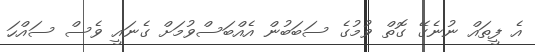
އެ ފީތައް ނުނެގޭ ގޮތް ވުމުގެ ސަބަބުން އެއްބަސްވުމަށް ގެނައީ ވެސް ސައްހަ